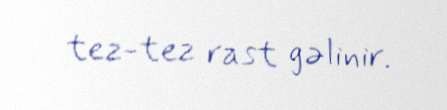
tez-tez rast gəlinir.